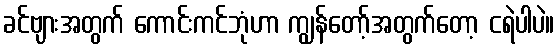
ခင်ဗျားအတွက် ကောင်းကင်ဘုံဟာ ကျွန်တော့်အတွက်တော့ ငရဲပါပဲ။